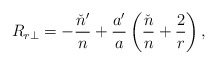
\begin{align*}R_{r\perp}=-\frac{\check{n}'}{n}+\frac{a'}{a}\left(\frac{\check{n}}{n}+\frac{2}{r}\right),\end{align*}